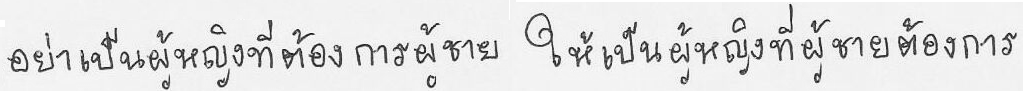
อย่าเป็นผู้หญิงที่ต้องการผู้ชาย ให้เป็นผู้หญิงที่ผู้ชายต้องการ